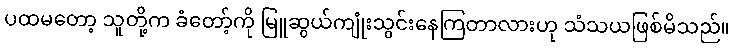
ပထမတော့ သူတို့က ခံတော့်ကို မြူဆွယ်ကျုံးသွင်းနေကြတာလားဟု သံသယဖြစ်မိသည်။